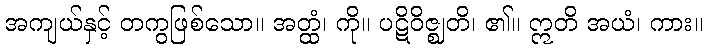
အကျယ်နှင့် တကွဖြစ်သော။ အတ္ထံ၊ ကို။ ပဋိဝိဇ္ဈတိ၊ ၏။ ဣတိ အယံ၊ ကား။